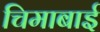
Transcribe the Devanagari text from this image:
चिमाबाई